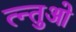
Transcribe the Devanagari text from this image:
त्न्तुओ